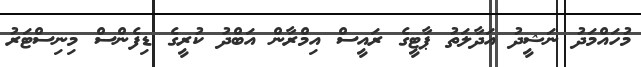
މުހައްމަދު ނަޝީދު އަދާލަތު ޕާޓީގެ ރައީސް އިމްރާން އަބްދު ކުރީގެ ޑިފެންސް މިނިސްޓަރު